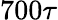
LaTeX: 700\tau